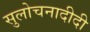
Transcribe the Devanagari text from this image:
सुलोचनादीदी